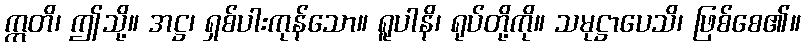
ဣတိ၊ ဤသို့။ အဋ္ဌ၊ ရှစ်ပါးကုန်သော။ ရူပါနိ၊ ရုပ်တို့ကို။ သမုဋ္ဌာပေသိ၊ ဖြစ်စေ၏။